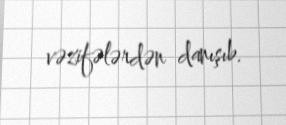
vəzifələrdən danışıb.